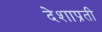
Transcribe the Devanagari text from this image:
देशाप्रती